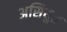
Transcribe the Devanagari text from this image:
असियुत